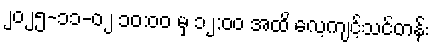
၂၀၂၅-၁၁-၀၂ ၁၀:၀၀ မှ ၁၂:၀၀ အထိ လေ့ကျင့်သင်တန်း